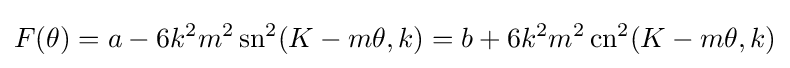
F(\theta )=a-6k^{2}m^{2}\operatorname {sn} ^{2}(K-m\theta ,k)=b+6k^{2}m^{2}\operatorname {cn} ^{2}(K-m\theta ,k)